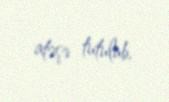
atəşə tutulub.